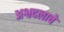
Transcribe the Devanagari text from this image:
अश्वदलाचे